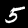
Digit: 5